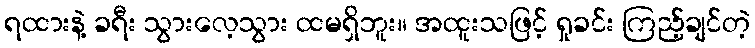
ရထားနဲ့ ခရီး သွားလေ့သွား ထမရှိဘူး။ အထူးသဖြင့် ရှုခင်း ကြည့်ချင်တဲ့